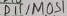
Text: D5